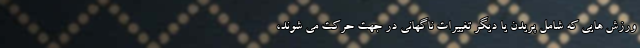
ورزش هایی که شامل پریدن یا دیگر تغییرات ناگهانی در جهت حرکت می شوند،